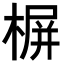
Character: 𣖕